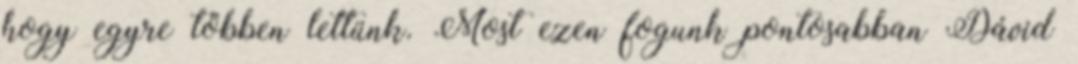
hogy egyre többen lettünk. Most ezen fogunk pontosabban Dávid